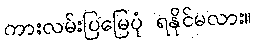
ကားလမ်းပြမြေပုံ ရနိုင်မလား။